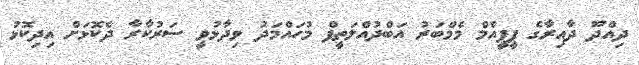
ދިއްދޫ ދާއިރާގެ ޕީޕީއެމް މެމްބަރު އަބްދުއްލަތީފް މުހައްމަދު ވިދާޅުވީ ސަރުކާރާ ދެކޮޅަށް އިދިކޮޅު